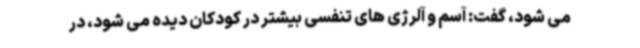
می شود، گفت: آسم و آلرژی های تنفسی بیشتر در کودکان دیده می شود، در